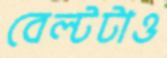
বেল্টটাও